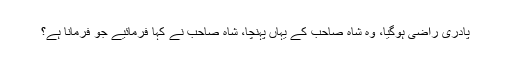
پادری راضی ہوگیا، وہ شاہ صاحب کے یہاں پہنچا، شاہ صاحب نے کہا فرمائیے جو فرمانا ہے؟